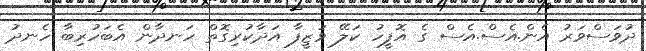
ދުވަސްވަރު އެން.އެސް.އެސް ގެ އޮފީހު ކަލޭ ވަޒީފާ އަދާކުރިގޮތް ހަނދާން އެބަހުރިބާ ހެނދު